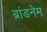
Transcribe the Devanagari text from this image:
ब्रांडनेम